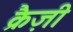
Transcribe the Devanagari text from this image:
क्रैज़ी